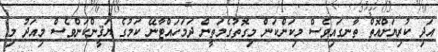
އަދި ކުރިޔަށްއޮތް ތާނގައިވެސް މިކަންކަން މިގޮތުގެމަތީން ދަމަހައްޓާނޭ ކަމުގެ ޔަޤީންކަންވެސް މިއަދު މި